Indian journal of veterinary science and animal husbandry - Volumes 22-23, 1952-1953
Year: 1952
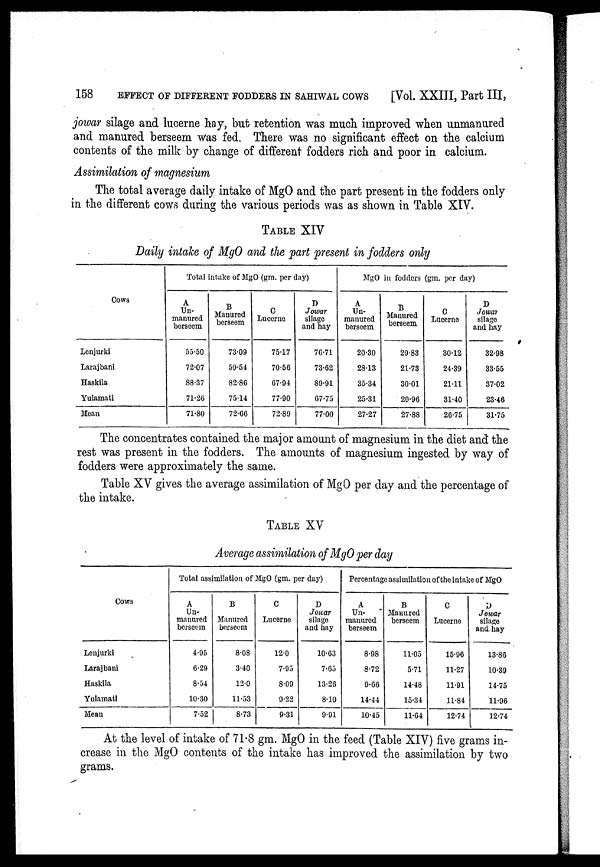
158
EFFECT OF DIFFERENT FODDERS IN SAHIWAL COWS
[Vol. XXIII, Part III,
jowar silage and lucerne hay, but retention was much improved when unmanured
and manured berseem was fed. There was no significant effect on the calcium
contents of the milk by change of different fodders rich and poor in calcium.
Assimilation of magnesium
The total average daily intake of MgO and the part present in the fodders only
in the different cows during the various periods was as shown in Table XIV.
TABLE XIV
Daily intake of MgO and the part present in fodders only
Cows
Lenjurki
Larajbani
Haskila
Yulamati
Mean
Total intake of MgO (gm. per day)
A
Un-
manured
berseem
55.50
72.07
88.37
71.26
71.80
B
Manured
berseem
73.09
59.54
82.86
75.14
72.66
C
Lucerne
75.17
70.56
67.94
77.90
72.89
D
Jowar
silage
and hay
76.71
73.62
89.91
67.75
77.00
MgO in fodders (gm. per day)
A
Un-
manured
berseem
20.30
28.13
35.34
25.31
27.27
B
Manured
berseem
29.83
21.73
30.01
29.96
27.88
C
Lucerne
30.12
24.39
21.11
31.40
26.75
D
Jowar
silage
and hay
32.98
33.55
37.02
23.46
31.75
The concentrates contained the major amount of magnesium in the diet and the
rest was present in the fodders. The amounts of magnesium ingested by way of
fodders were approximately the same.
Table XV gives the average assimilation of MgO per day and the percentage of
the intake.
TABLE XV
Average assimilation of MgO per day
Cows
Lenjurki
Larajbani
Haskila
Yulamati
Mean
Total assimilation of MgO (gm. per day)
A
Un-
manured
berseem
4.95
6.29
8.54
10.30
7.52
B
Manured
berseem
8.08
3.40
12.0
11.53
8.73
C
Lucerne
12.0
7.95
8.09
9.22
9.31
D
Jowar
silage
and hay
10.63
7.65
13.26
8.10
9.91
Percentage assimilation of the intake of MgO
A
Un-
manured
berseem
8.98
8.72
9.66
14.44
10.45
B
Manured
berseem
11.05
5.71
14.48
15.34
11.64
C
Lucerne
15.96
11.27
11.91
11.84
12.74
D
Jowar
silage
and hay
13.86
10.39
14.75
11.96
12.74
At the level of intake of 71.8 gm. MgO in the feed (Table XIV) five grams in-
crease in the MgO contents of the intake has improved the assimilation by two
grams.